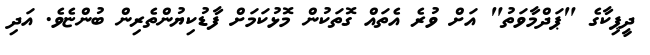
ދީޕިކާގެ "ޕަދްމާވަތު" އަށް ވުރެ އެތައް ގޮތަކުން މޮޅުކަމަށް ފާޑުކިޔުންތެރިން ބުންޏެވެ. އަދި